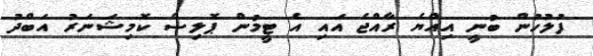
ފުލުހުން ބުނީ އިއްޔެ ރާއްޖެ އައި އެ ޓީމުން ޕޮލިސް ކޮމިޝަނަރު އަބްދު